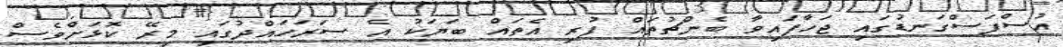
އުސްފަސްގަނޑުގައި ޖަހާފައިވާ ބެންޗުތައް ފުރި އެތައް ބަޔަކު އެ ސަރަހައްދުގައި މިރޭ ކޮޅަށްވެސް